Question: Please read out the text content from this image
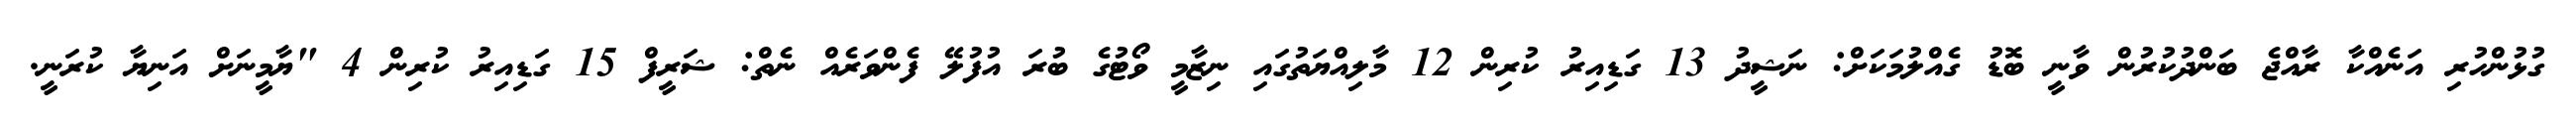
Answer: ގުޅުންހުރި އަނެއްކާ ރާއްޖެ ބަންދުކުރުން ވާނީ ބޮޑު ގެއްލުމަކަށް: ނަޝީދު 13 ގަޑިއިރު ކުރިން 12 މާލިއްޔަތުގައި ނިޒާމީ ވޯޓުގެ ބުރަ އުފުލޭ ފެންވަރެއް ނެތް: ޝަރީފް 15 ގަޑިއިރު ކުރިން 4 "ޔާމީނަށް އަނިޔާ ކުރަނީ.